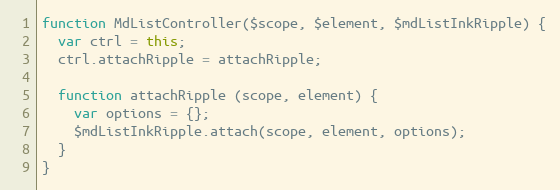
Language: JavaScript
function MdListController($scope, $element, $mdListInkRipple) {
  var ctrl = this;
  ctrl.attachRipple = attachRipple;

  function attachRipple (scope, element) {
    var options = {};
    $mdListInkRipple.attach(scope, element, options);
  }
}